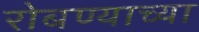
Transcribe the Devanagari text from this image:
रोबण्याच्या